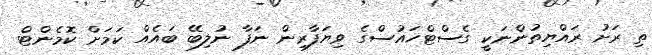
ތި ރަށު ރައްޔިތުންނަކީ ގެސްޓްހައުސްގެ ވިޔަފާރިން ނަފާ ނުލިބޭ ބައެއް ކަމަށް ކޮމެންޓް